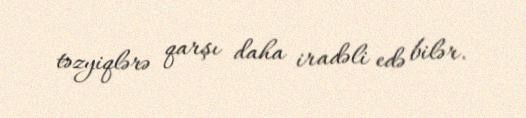
təzyiqlərə qarşı daha iradəli edə bilər.